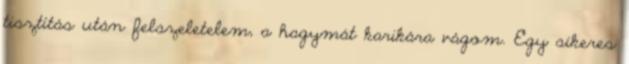
tisztítás után felszeletelem, a hagymát karikára vágom. Egy sikeres